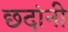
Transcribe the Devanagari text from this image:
छदांनी